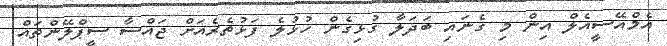
އެމްއޭސީއެލް އިން މި ގެނައި ބަދަލާ ގުޅިގެން ހުޅުލެ ފަޅުތެރެއަށް ޖައްސާ ސީޕްލޭންތައް